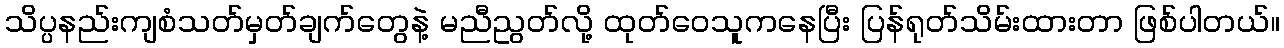
သိပ္ပနည်းကျစံသတ်မှတ်ချက်တွေနဲ့ မညီညွတ်လို့ ထုတ်ဝေသူကနေပြီး ပြန်ရုတ်သိမ်းထားတာ ဖြစ်ပါတယ်။